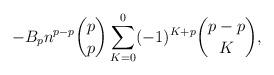
LaTeX: \begin{align*}- B_p n^{p-p}\binom{p}{p} \sum_{K=0}^{0} (-1)^{K+p} \binom{p-p}{K},\end{align*}